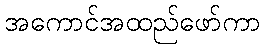
အကောင်အထည်ဖော်ကာ